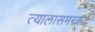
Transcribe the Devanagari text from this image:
त्यालासमरकंद